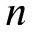
n